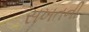
સખતની